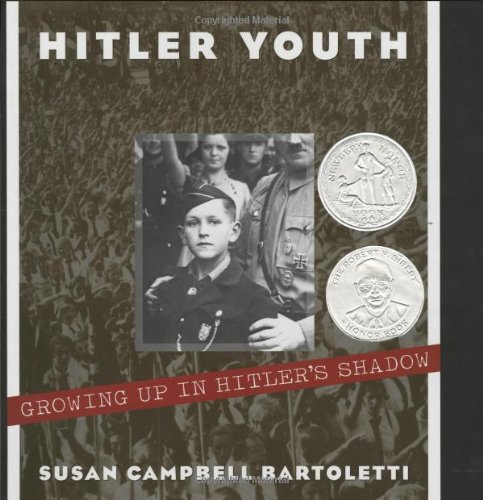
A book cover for Hitler Youth: Growing Up in Hitler's Shadow; Susan Campbell Bartoletti; Teen & Young Adult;